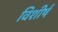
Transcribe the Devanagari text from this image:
विशीर्ष